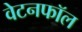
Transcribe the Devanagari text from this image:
वेटनफॉल